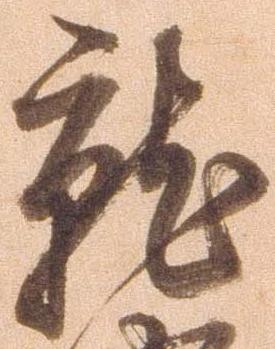
就